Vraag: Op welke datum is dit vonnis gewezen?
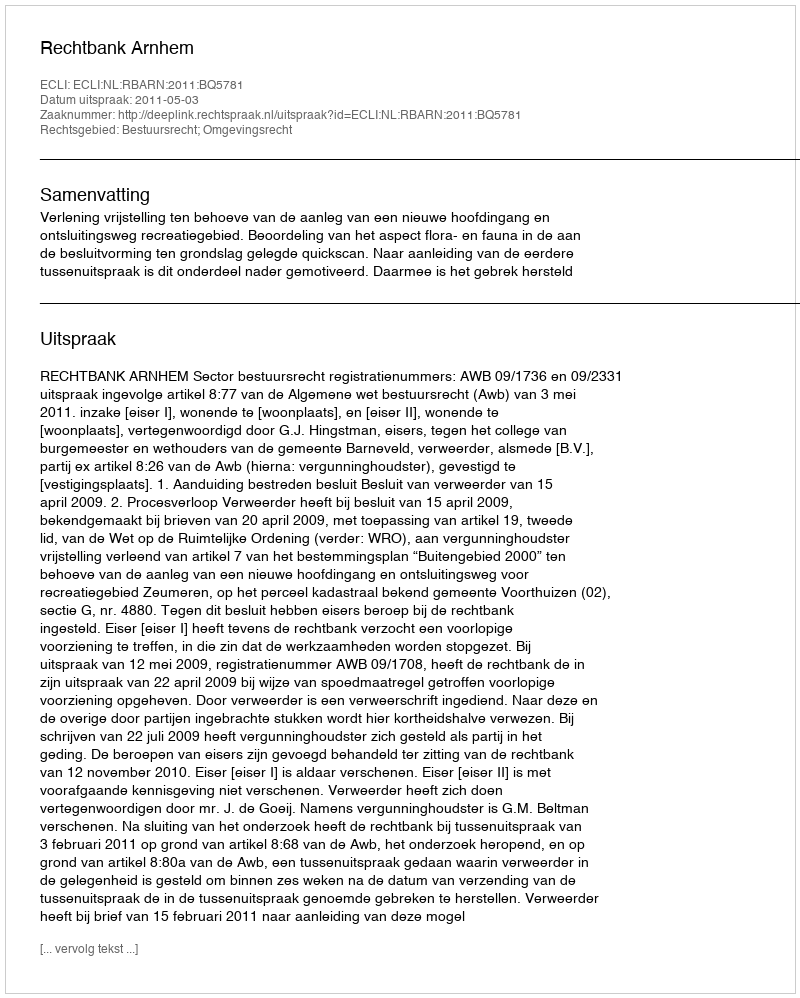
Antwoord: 2011-05-03